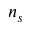
n _ { s }